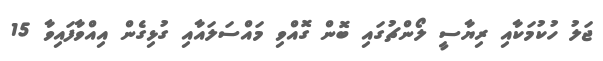
ޖަލު ހުކުމަކާއި ރިޔާސީ ލޯންޗުގައި ބޮން ގޮއްވި މައްސަލައާއި ގުޅިގެން އިއްވާފައިވާ 15